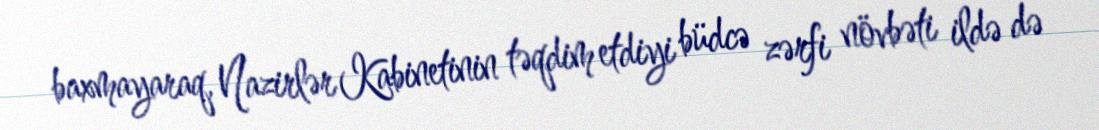
baxmayaraq, Nazirlər Kabinetinin təqdim etdiyi büdcə zərfi növbəti ildə də